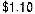
$1.10